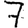
Digit: 7